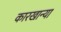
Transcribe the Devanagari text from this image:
कारखान्या